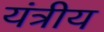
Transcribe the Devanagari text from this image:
यंत्रीय